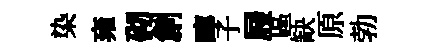
染雍砌創嚀子屐區缺原勃